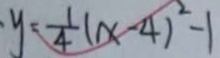
y = \frac { 1 } { 4 } ( x - 4 ) ^ { 2 } - 1